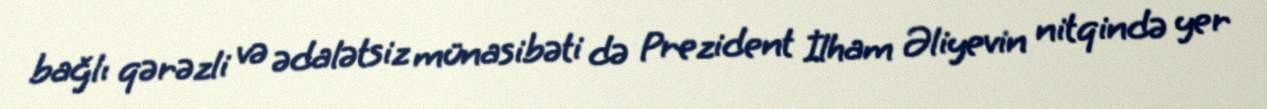
bağlı qərəzli və ədalətsiz münasibəti də Prezident İlham Əliyevin nitqində yer